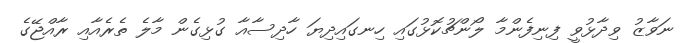
ނަވާޒު ވިދާޅުވީ ފިނިފެންމާ ލޯންޗުކޮޅުގައި ހިނގައިދިޔަ ހާދިސާއާ ގުޅިގެން މާލެ ތެރެއާއި ރާއްޖޭގެ